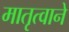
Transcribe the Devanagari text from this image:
मातृत्वाने